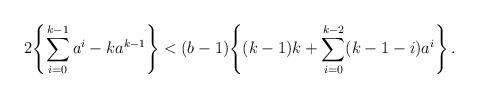
LaTeX: \begin{align*}2\Biggl\{\sum_{i=0}^{k-1}a^{i}-ka^{k-1} \Biggr\} <(b-1)\Biggl\{(k-1)k+\sum_{i=0}^{k-2}(k-1-i)a^{i} \Biggr\}\,.\end{align*}